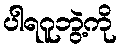
ပါရဂူဘွဲ့ကို